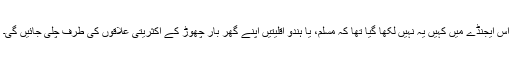
اس ایجنڈے میں کہیں یہ نہیں لکھا گیا تھا کہ مسلم، یا ہندو اقلیتیں اپنے گھر بار چھوڑ کے اکثریتی علاقوں کی طرف چلی جائیں گی۔